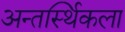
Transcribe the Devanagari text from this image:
अन्तर्स्थिकला